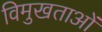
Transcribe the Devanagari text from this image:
विमुखताओं